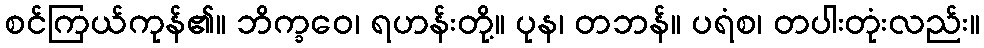
စင်ကြယ်ကုန်၏။ ဘိက္ခဝေ၊ ရဟန်းတို့။ ပုန၊ တဘန်။ ပရံစ၊ တပါးတုံးလည်း။